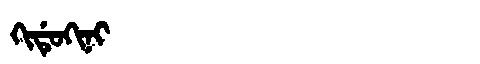
Manchu: ᡴᡳᡩᡠᡴᡳᠨᡳ
Romanization: KIDUKINI